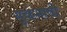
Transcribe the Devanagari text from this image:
सुळेभावी